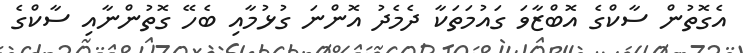
އެގޮތުން ސާކްގެ އޮބްޒާވަ ގައުމަތަކާ ދެމެދު އޮންނަ ގުޅުމާއި ބެހޭ ގޮތުންނާއި ސާކްގެ